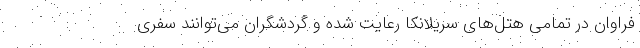
فراوان در تمامی هتل‌های سریلانکا رعایت شده و گردشگران می‌توانند سفری